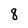
Character: 8